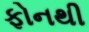
ફોનથી